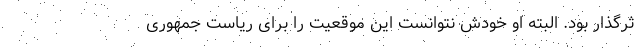
ثرگذار بود. البته او خودش نتوانست این موقعیت را برای ریاست جمهوری